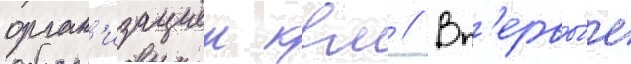
орган'изациеи квм // Вп'ервы́е